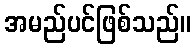
အမည်ပင်ဖြစ်သည်။